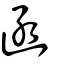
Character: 圅